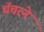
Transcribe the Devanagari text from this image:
थॅचरने